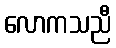
လောကသညီ